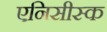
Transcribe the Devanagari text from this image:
एनिसीस्क